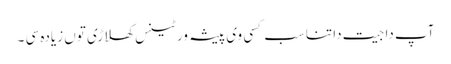
آپ دا جیت دا تناسب کسی وی پیشہ ور ٹینس کھلاڑی تو‏ں زیادہ سی ۔